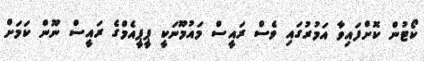
ކޯޓުން ކޮށްފައިވާ އަމުރުގައި ވެސް ރައީސް މައުމޫނަކީ ޕީޕީއެމްގެ ރައީސް ނޫން ކަމަށް